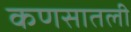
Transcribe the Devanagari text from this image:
कणसातली